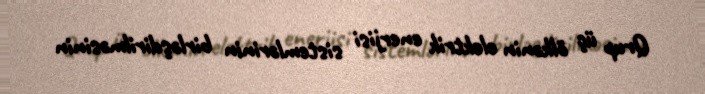
Qrup üç ölkənin elektrik enerjisi sistemlərinin birləşdirilməsinin